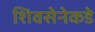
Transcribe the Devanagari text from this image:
शिवसेनेकडे